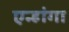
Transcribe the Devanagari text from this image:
एन्हांगा